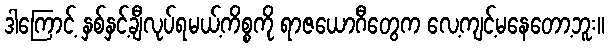
ဒါကြောင့် နှစ်နှင့်ချီလုပ်ရမယ့်ကိစ္စကို ရာဇယောဂီတွေက လေ့ကျင့်မနေတော့ဘူး။